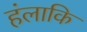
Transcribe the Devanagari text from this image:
हंलाकि